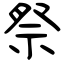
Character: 祭